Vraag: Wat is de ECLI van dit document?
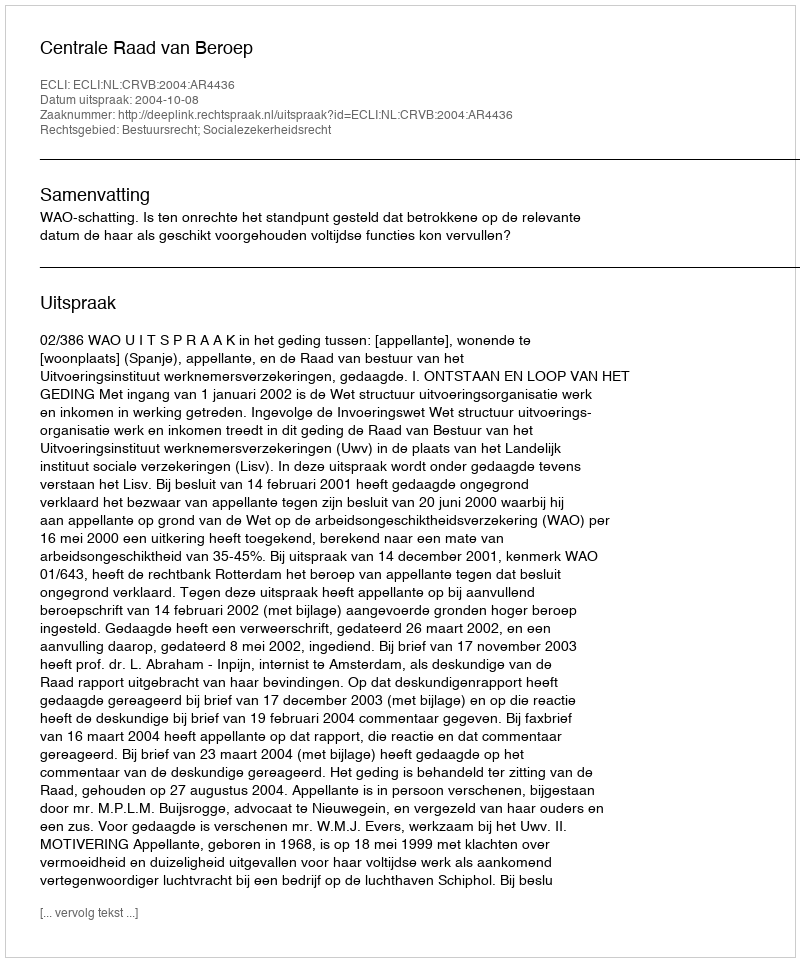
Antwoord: ECLI:NL:CRVB:2004:AR4436